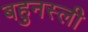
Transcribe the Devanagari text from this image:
बहुनस्ली